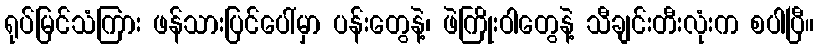
ရုပ်မြင်သံကြား ဖန်သားပြင်ပေါ်မှာ ပန်းတွေနဲ့၊ ဖဲကြိုးဝါတွေနဲ့ သီချင်းတီးလုံးက စပါပြီ။